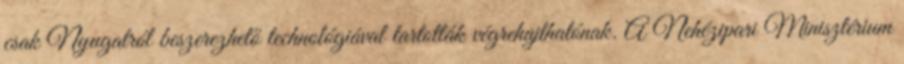
csak Nyugatról beszerezhető technológiával tartották végrehajthatónak. A Nehézipari Minisztérium